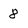
Character: 8